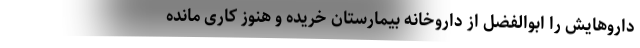
داروهایش را ابوالفضل از داروخانه بیمارستان خریده و هنوز کاری مانده